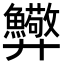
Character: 𢍸